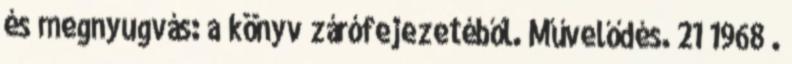
és megnyugvás: a könyv zárófejezetéből. Művelődés. 21 1968 .